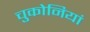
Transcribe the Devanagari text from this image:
चुकोनियां